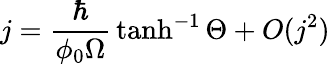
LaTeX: j={\frac{\hbar}{\phi_{0}\Omega}}\operatorname{tanh}^{-1}\Theta+O(j^{2})